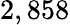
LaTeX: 2,858